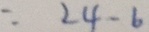
= 2 4 - 6